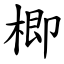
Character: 楖